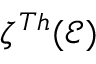
\zeta ^ { T h } ( \mathcal { E } )